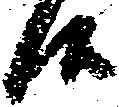
候